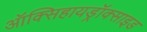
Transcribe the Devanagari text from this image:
ऑक्सिहायड्रॉक्साइड